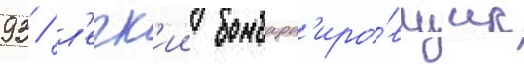
93 / л'егк'ии бомбард'иро́вщик